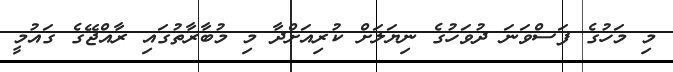
މި މަހުގެ ފަސްވަނަ ދުވަހުގެ ނިޔަލަށް ކުރިއަށްދާ މި މުބާރާތުގައި ރާއްޖޭގެ ގައުމީ